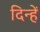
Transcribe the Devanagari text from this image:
दिन्हें